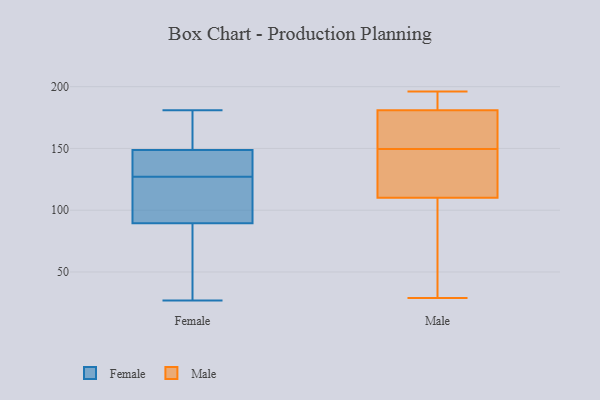
{"axis": {"x": "Page Views", "y": "Value"}, "legend": ["Female", "Male"], "data": [{"x": "", "y": 94, "type": "Female"}, {"x": "", "y": 145, "type": "Female"}, {"x": "", "y": 88, "type": "Female"}, {"x": "", "y": 150, "type": "Female"}, {"x": "", "y": 27, "type": "Female"}, {"x": "", "y": 127, "type": "Female"}, {"x": "", "y": 181, "type": "Female"}, {"x": "", "y": 37, "type": "Female"}, {"x": "", "y": 138, "type": "Female"}, {"x": "", "y": 154, "type": "Female"}, {"x": "", "y": 119, "type": "Female"}, {"x": "", "y": 71, "type": "Male"}, {"x": "", "y": 184, "type": "Male"}, {"x": "", "y": 153, "type": "Male"}, {"x": "", "y": 95, "type": "Male"}, {"x": "", "y": 178, "type": "Male"}, {"x": "", "y": 176, "type": "Male"}, {"x": "", "y": 125, "type": "Male"}, {"x": "", "y": 186, "type": "Male"}, {"x": "", "y": 146, "type": "Male"}, {"x": "", "y": 143, "type": "Male"}, {"x": "", "y": 29, "type": "Male"}, {"x": "", "y": 196, "type": "Male"}]}